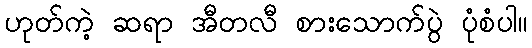
ဟုတ်ကဲ့ ဆရာ အီတလီ စားသောက်ပွဲ ပုံစံပါ။